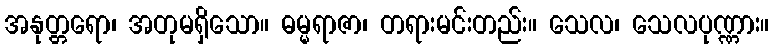
အနုတ္တရော၊ အတုမရှိသော။ ဓမ္မရာဇာ၊ တရားမင်းတည်း။ သေလ၊ သေလပုဏ္ဏား။